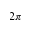
2 \pi